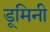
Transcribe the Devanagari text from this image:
डूमिनी